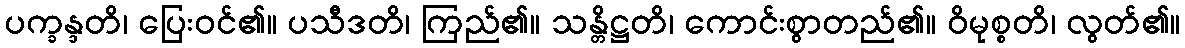
ပက္ခန္ဒတိ၊ ပြေးဝင်၏။ ပသီဒတိ၊ ကြည်၏။ သန္တိဋ္ဌတိ၊ ကောင်းစွာတည်၏။ ဝိမုစ္စတိ၊ လွတ်၏။